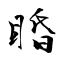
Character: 睧